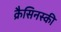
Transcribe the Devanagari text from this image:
क्रैसिनस्की